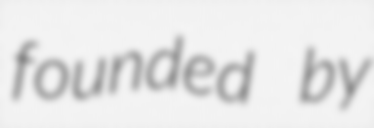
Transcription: founded by